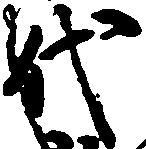
代